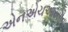
એનએચઆરસીના